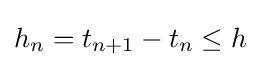
h_{n}=t_{n+1}-t_{n}\leq h